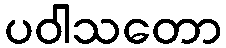
ပဝါသတော